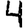
Digit: 4